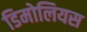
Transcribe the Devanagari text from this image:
डिमोलियस